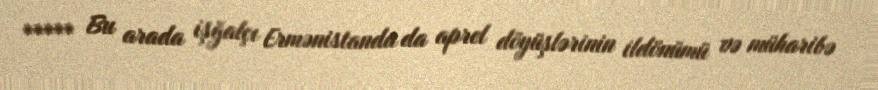
***** Bu arada işğalçı Ermənistanda da aprel döyüşlərinin ildönümü və müharibə